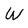
Character: W